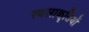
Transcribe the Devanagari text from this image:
स्थलाकॄतियों